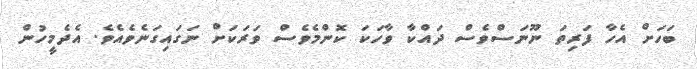
ބަހަށް އެހާ ފަރިތަ ނޫނަސްވެސް ދައްކާ ވާހަކަ ކޮންމެވެސް ވަރަކަށް ނަގައިގަނެވެއެވެ. އެދެމީހުން